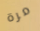
مرة